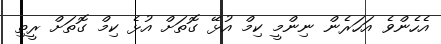
އެހެންވެ އަހަރެން ނިންމީ ކިމް އުޅޭ ގޮތަށް އުޅެ ކިމް ގޮތަށް ރީތި